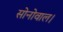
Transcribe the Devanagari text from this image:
सोनोवाल।